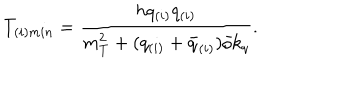
T _ { ( i ) m i n } = { \frac { h q _ { ( i ) } q _ { ( i ) } } { m _ { T } ^ { 2 } + ( q _ { ( i ) } + \bar { q } _ { ( i ) } ) / k _ { q } } } .